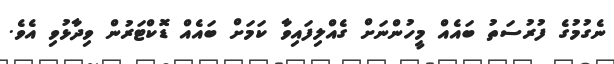
ނެގުމުގެ ފުރުސަތު ބައެއް މީހުންނަށް ގެއްލިފައިވާ ކަމަށް ބައެއް ޑޮކްޓަރުން ވިދާޅުވި އެވެ.